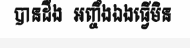
បានដឹង  អញ្ចឹងឯងធ្វើមិន